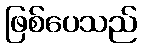
ဖြစ်ပေသည်